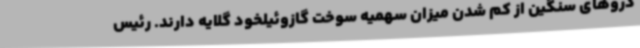
دروهای سنگین از کم شدن میزان سهمیه سوخت گازوئیلخود گلایه دارند. رئیس